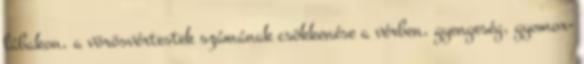
lábakon, a vörösvértestek számának csökkenése a vérben, gyengeség, gyomor-